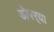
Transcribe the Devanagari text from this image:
डोपर्‍या